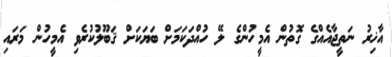
އާޚިރު ނަތީޖާއެއްގެ ގޮތުން އެމީހުންގެ ލޭ ހުއްދަކަމަށް ބަޔަކަށް ޤަބޫލުކުރެވި އެމީހުން މަރައި